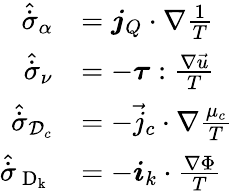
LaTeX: \begin{array}{rl}{\hat{\dot{\sigma}}_{\alpha}}&{=\boldsymbol{j}_{Q}\cdot{\nabla}{\frac{1}{T}}}\\ {\hat{\dot{\sigma}}_{\nu}}&{=-\boldsymbol{\tau}:\frac{\nabla\vec{u}}{T}}\\ {\hat{\dot{\sigma}}_{\mathcal{D}_{c}}}&{=-{\vec{j}_{c}}\cdot{\nabla}\frac{\mu_{c}}{T}}\\ {\hat{\dot{\sigma}}_{\mathrm{~D_k~}}}&{=-\boldsymbol{i}_{k}\cdot\frac{\nabla\Phi}{T}}\end{array}